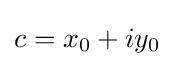
c=x_{0}+iy_{0}